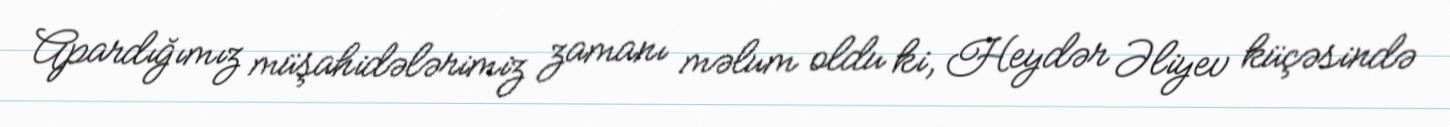
Apardığımız müşahidələrimiz zamanı məlum oldu ki, Heydər Əliyev küçəsində